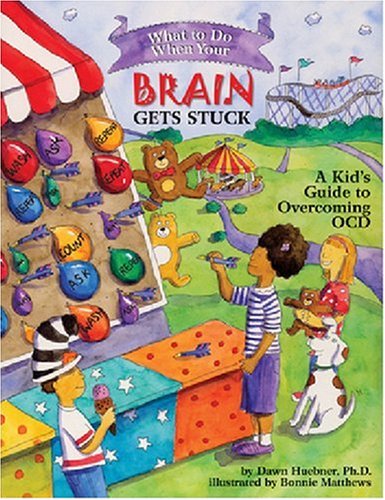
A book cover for What to Do When Your Brain Gets Stuck: A Kid's Guide to Overcoming OCD (What-to-Do Guides for Kids); Dawn Huebner; Medical Books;